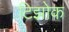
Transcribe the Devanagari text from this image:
टिझोक